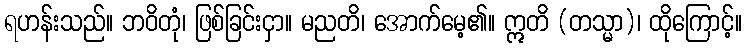
ရဟန်းသည်။ ဘဝိတုံ၊ ဖြစ်ခြင်းငှာ။ မညတိ၊ အောက်မေ့၏။ ဣတိ (တသ္မာ)၊ ထိုကြောင့်။